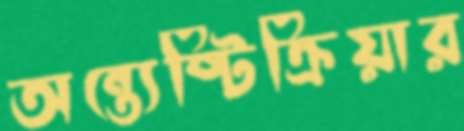
অন্ত্যেষ্টিক্রিয়ার